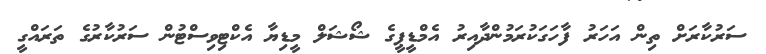
ސަރުކާރަށް ތިން އަހަރު ފާހަގަކުރަމުންދާއިރު އެމްޑީޕީގެ ޝޯޝަލް މީޑިޔާ އެކްޓިވިސްޓުން ސަރުކާރުގެ ތަރައްގީ